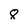
Character: 8